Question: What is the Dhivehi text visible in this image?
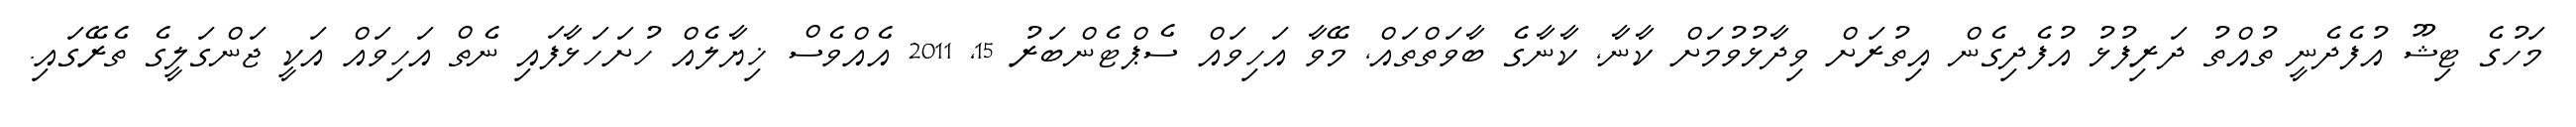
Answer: މަހުގެ ޓިޝޫ އުފެދެނީ ތުއްތު ދަރިފުޅު އުފެދިގެން އިތުރަށް ވިދާޅުވުމަށް ކާނާ, ކާނާގެ ބާވަތްތައް, މޭވާ އަހިވައް ސެޕްޓެންބަރު 15, 2011 އެއްވެސް ޚިޔާލެއް ހުށަހަޅާފައި ނެތް އަހިވައް އަކީ ޖަންގަލީގެ ތެރޭގައި.